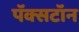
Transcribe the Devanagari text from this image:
पॅक्सटॉन